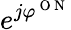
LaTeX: e^{j\varphi^{\mathrm{~O~N~}}}